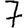
Digit: 7